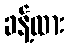
ခန့်ထား